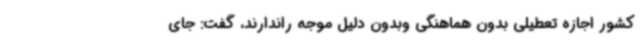
کشور اجازه تعطیلی بدون هماهنگی وبدون دلیل موجه راندارند، گفت: جای